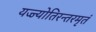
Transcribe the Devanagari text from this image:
यज्ज्योतिरन्तरमृतं